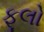
ફૂલો